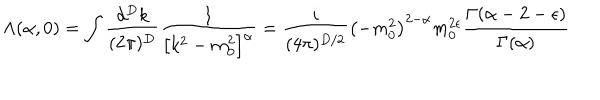
\Lambda ( \alpha , 0 ) = \int \frac { d ^ { D } k } { ( 2 \pi ) ^ { D } } \frac { 1 } { \left[ k ^ { 2 } - m _ { 0 } ^ { 2 } \right] ^ { \alpha } } = \frac { i } { ( 4 \pi ) ^ { D / 2 } } \left( - m _ { 0 } ^ { 2 } \right) ^ { 2 - \alpha } m _ { 0 } ^ { 2 \epsilon } \frac { \Gamma ( \alpha - 2 - \epsilon ) } { \Gamma ( \alpha ) }